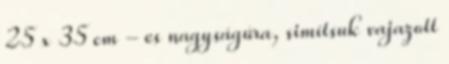
25 x 35 cm - es nagyságúra, simítsuk vajazott